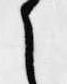
候